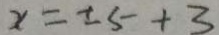
x = \pm 5 + 3